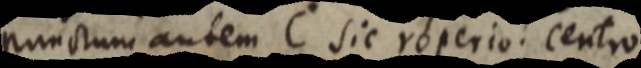
punctum autem C sic roperio: centro